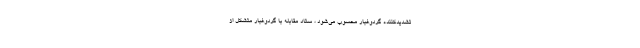
تشدیدکننده گردوغبار محسوب می‌شود ، ستاد مقابله با گردوغبار متشکل از